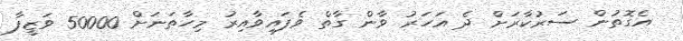
އެގޮތުން ސަރުކާރަށް ދެ އަހަރު ވާން ގާތް ވެފައިވާއިރު މިހާތަނަށް 50000 ވަޒީފާ